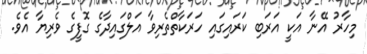
މިހާރު އޭނާ އަކީ އަރަބި ކަރައިގައި ހަރަކާތްތެރިވާ އަލްގައިދާގެ ގޮފީގެ ވެރިޔާ އެވެ.